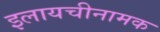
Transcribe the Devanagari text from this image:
इलायचीनामक